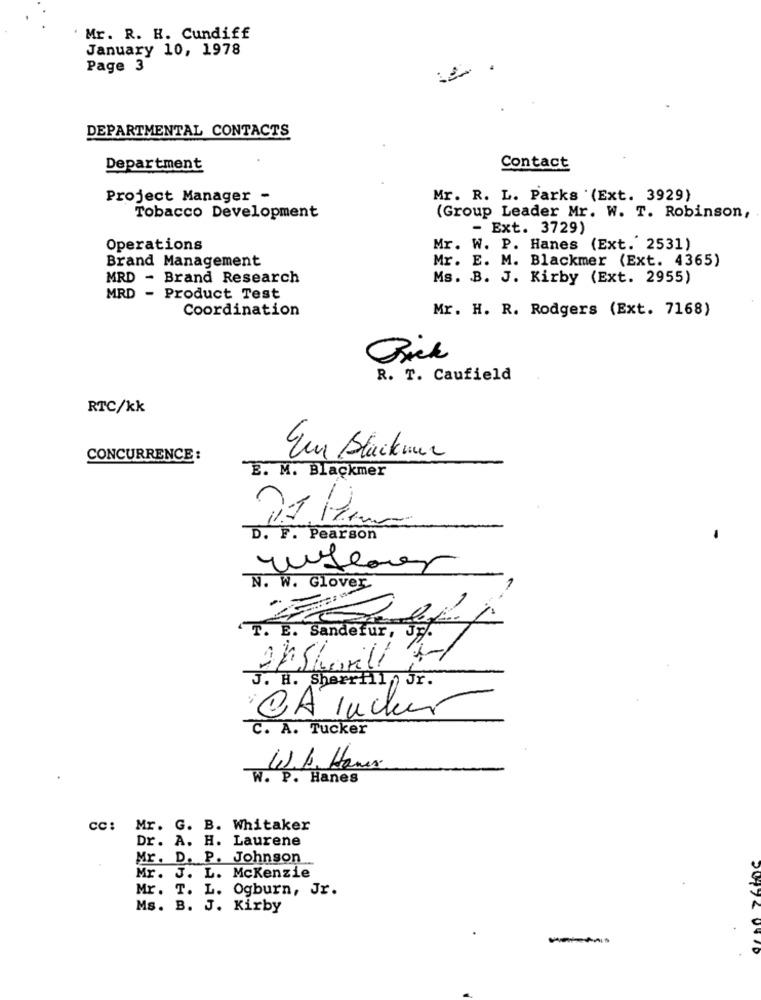
Mr. R. H. Cundiff
January 10, 1978
Page 3
DEPARTMENTAL CONTACTS
Department
Contact
Project Manager -
Mr. R. L. Parks '(Ext. 3929)
Tobacco Development
(Group Leader Mr. W. T. Robinson,
- Ext. 3729)
Operations
Mr. W. P. Hanes (Ext. 2531)
Brand Management
Mr. E. M. Blackmer (Ext. 4365)
MRD - Brand Research
Ms. B. J. Kirby (Ext. 2955)
MRD - Product Test
Coordination
Mr. H. R. Rodgers (Ext. 7168)
Brick
R. T. Caufield
RTC/kk
CONCURRENCE :
Eur Blackmer
B. M. Blackmer
-
D. F. Pearson
N. W. Glover
I . E. Sandetur,
J. H. Sherrill ) Jr.
CÁ Tucher
C. A. Tucker
W.b, Hans
W. P. Hanes
cc: Mr. G. B. Whitaker
Dr. A. H. Laurene
Mr. D. P. Johnson
Mr. J. L. Mckenzie
Mr. T. L. Ogburn, Jr.
Ms. B. J. Kirby